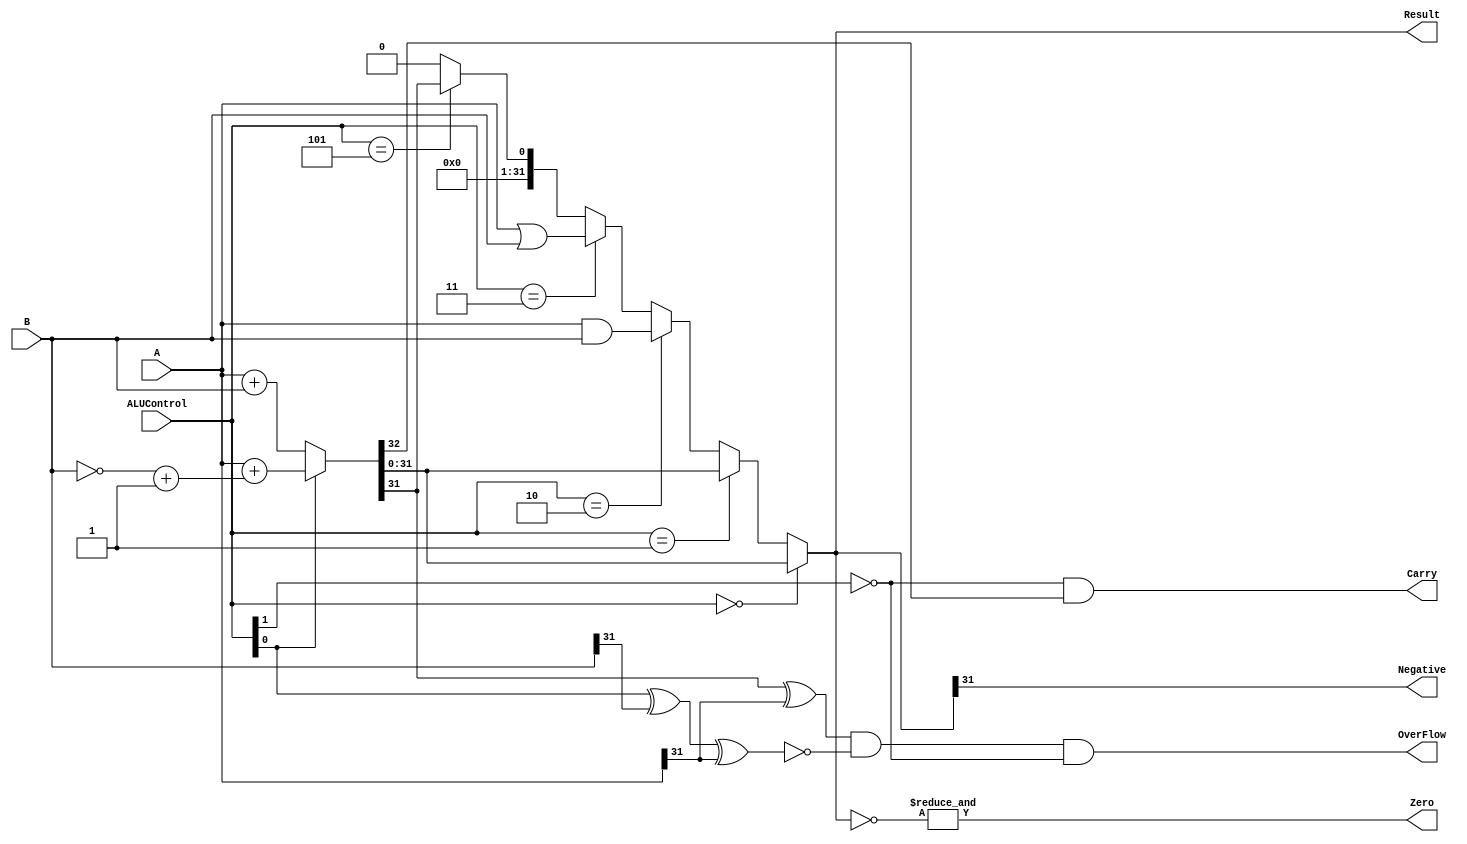
// Copyright 2023 MERL-DSU

//    Licensed under the Apache License, Version 2.0 (the "License");
//    you may not use this file except in compliance with the License.
//    You may obtain a copy of the License at

//        http://www.apache.org/licenses/LICENSE-2.0

//    Unless required by applicable law or agreed to in writing, software
//    distributed under the License is distributed on an "AS IS" BASIS,
//    WITHOUT WARRANTIES OR CONDITIONS OF ANY KIND, either express or implied.
//    See the License for the specific language governing permissions and
//    limitations under the License.

module ALU(A,B,Result,ALUControl,OverFlow,Carry,Zero,Negative);

    input [31:0]A,B;
    input [2:0]ALUControl;
    output Carry,OverFlow,Zero,Negative;
    output [31:0]Result;

    wire Cout;
    wire [31:0]Sum;

    assign {Cout,Sum} = (ALUControl[0] == 1'b0) ? A + B :
                                          (A + ((~B)+1)) ;
    assign Result = (ALUControl == 3'b000) ? Sum :
                    (ALUControl == 3'b001) ? Sum :
                    (ALUControl == 3'b010) ? A & B :
                    (ALUControl == 3'b011) ? A | B :
                    (ALUControl == 3'b101) ? {{31{1'b0}},(Sum[31])} : {32{1'b0}};
    
    assign OverFlow = ((Sum[31] ^ A[31]) & 
                      (~(ALUControl[0] ^ B[31] ^ A[31])) &
                      (~ALUControl[1]));
    assign Carry = ((~ALUControl[1]) & Cout);
    assign Zero = &(~Result);
    assign Negative = Result[31];

endmodule